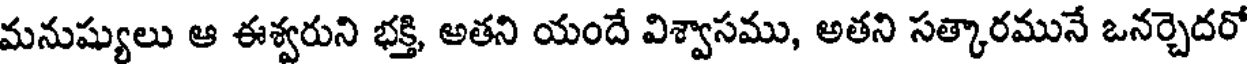
మనుష్యులు ఆ ఈశ్వరుని భక్తి, అతని యందే విశ్వాసము, అతని సత్కారమునే ఒనర్చెదరో